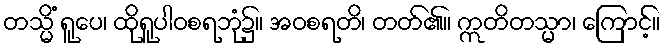
တသ္မိံ ရူပေ၊ ထိုရူပါဝစရဘုံ၌။ အဝစရတိ၊ တတ်၏။ ဣတိတသ္မာ၊ ကြောင့်။